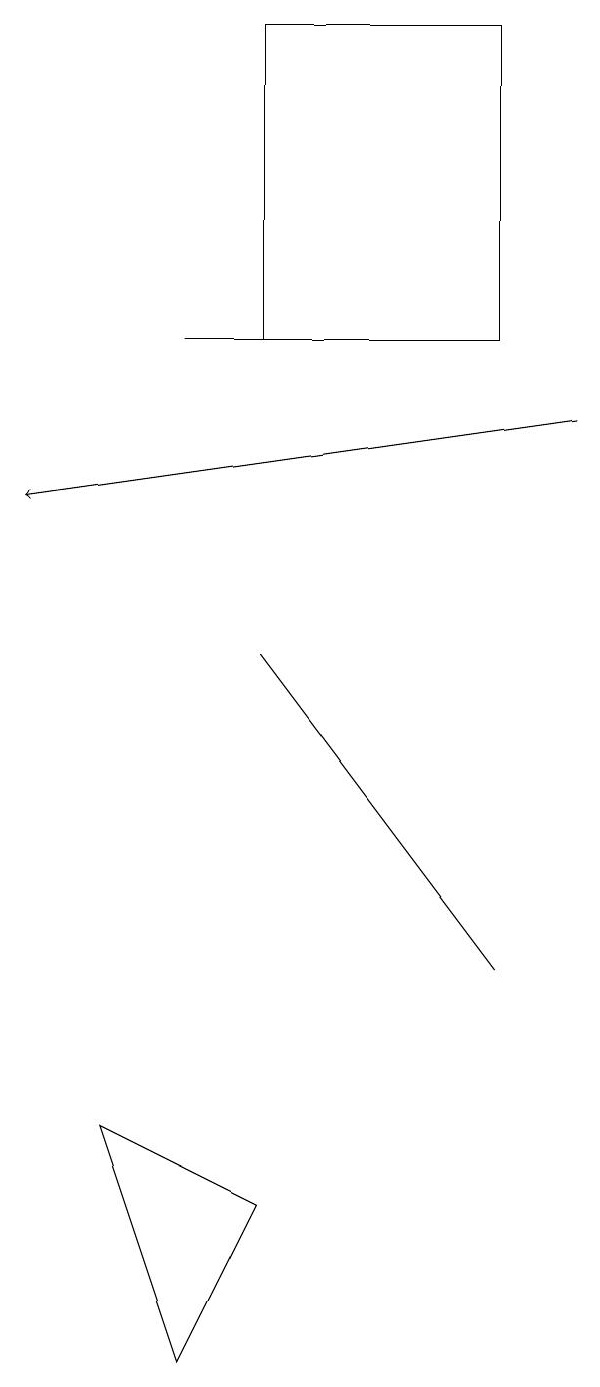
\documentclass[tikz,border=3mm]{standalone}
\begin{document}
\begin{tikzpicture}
\draw (2,13) rectangle (5,13);
\draw[->] (7,12) -- (0,11);
\draw (2,0) -- (1,3) -- (3,2) -- cycle;
\draw (3,9) -- (6,5) -- (3,9) -- cycle;
\draw (6,13) rectangle (3,17);
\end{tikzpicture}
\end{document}